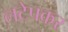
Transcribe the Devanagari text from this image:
लटेपकर